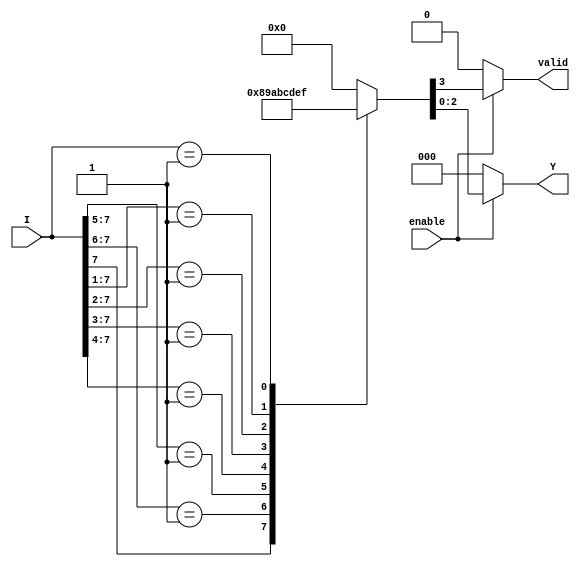
module priority_encoder (
    input [7:0] I,        // 8 input lines (I0 to I7)
    input enable,         // Enable signal
    output reg [2:0] Y,   // 3-bit output for the binary code (log2(8) = 3)
    output reg valid      // Output valid signal
);

always @(*) begin
    if (!enable) begin
        Y = 3'b000;      // Default output when enable is low
        valid = 1'b0;    // Invalid output
    end else begin
        casez (I)  // Case for don't care conditions
            8'b1??????? : {valid, Y} = {1'b1, 3'b000}; // I0 active
            8'b01?????? : {valid, Y} = {1'b1, 3'b001}; // I1 active
            8'b001????? : {valid, Y} = {1'b1, 3'b010}; // I2 active
            8'b0001???? : {valid, Y} = {1'b1, 3'b011}; // I3 active
            8'b00001??? : {valid, Y} = {1'b1, 3'b100}; // I4 active
            8'b000001?? : {valid, Y} = {1'b1, 3'b101}; // I5 active
            8'b0000001? : {valid, Y} = {1'b1, 3'b110}; // I6 active
            8'b00000001 : {valid, Y} = {1'b1, 3'b111}; // I7 active
            default:     {valid, Y} = {1'b0, 3'b000};   // No active inputs
        endcase
    end
end

endmodule